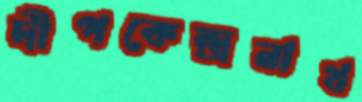
দীপকেন্দ্রনাথ